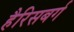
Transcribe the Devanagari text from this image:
हैरिसबर्ग